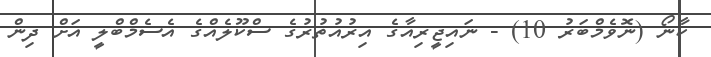
ކާނޯ (ނޮވެމްބަރު 10) - ނައިޖީރިއާގެ އިރުއުތުރުގެ ސްކޫލެއްގެ އެސެމްބްލީ އަށް ދިން